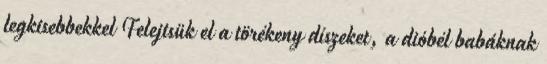
legkisebbekkel Felejtsük el a törékeny díszeket, a dióbél babáknak